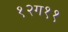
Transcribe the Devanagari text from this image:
१२ग११